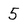
Character: 5